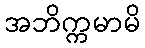
အဘိက္ကမာမိ